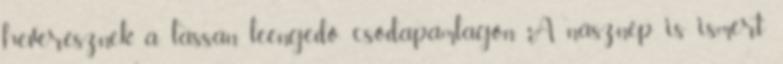
heverésznek a lassan leengedő csodapamlagon. A násznép is ismert